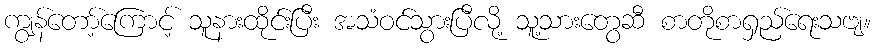
ကျွန်တော့်ကြောင့် သူနားထိုင်းပြီး အသံဝင်သွားပြီလို့ သူ့သားတွေဆီ စာတိုစာရှည်ရေးသဗျ။